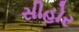
સીહોર